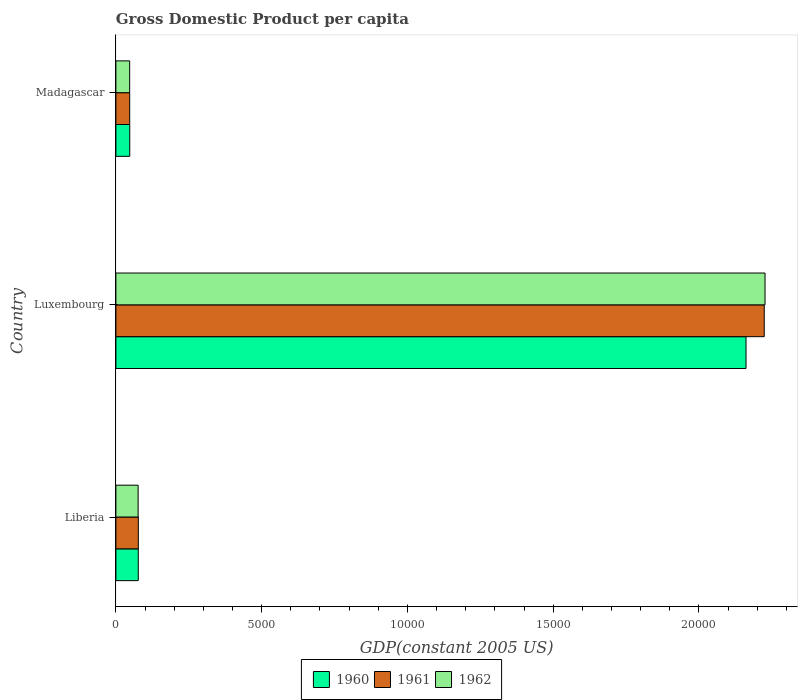
| Country | 1960 | 1961 | 1962 |
 | --- | --- | --- | --- |
 | Liberia | 768 | 769 | 763 |
 | Luxembourg | 2.16e+04 | 2.22e+04 | 2.23e+04 |
 | Madagascar | 475 | 474 | 473 |